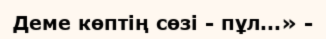
Деме көптің сөзі - пұл...» -